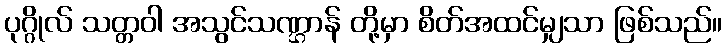
ပုဂ္ဂိုလ် သတ္တဝါ အသွင်သဏ္ဌာန် တို့မှာ စိတ်အထင်မျှသာ ဖြစ်သည်။